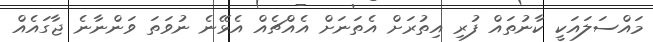
މައްސަލައަކީ ކާނުތައް ފުރި އިތުރަށް އެތަނަށް އެއްޗެއް އެޅޭނެ ނުވަތަ ވަންނާނެ ޖާގައެއް